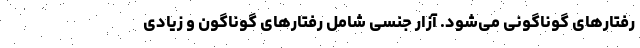
رفتار‌های گوناگونی می‌شود. آزار جنسی شامل رفتارهای گوناگون و زیادی